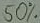
Text: 50%